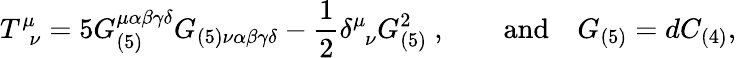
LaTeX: T_{\phantom{\mu}\nu}^{\mu}=5G_{(5)}^{\mu\alpha\beta\gamma\delta}G_{(5)\nu\alpha\beta\gamma\delta}-\frac{1}{2}\delta_{\phantom{\mu}\nu}^{\mu}G_{(5)}^{2}\ ,\qquad\mathrm{and}\quad G_{(5)}=dC_{(4)},